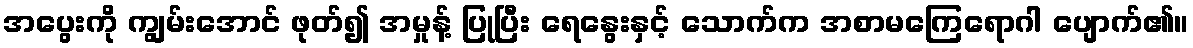
အပွေးကို ကျွမ်းအောင် ဖုတ်၍ အမှုန့် ပြုပြီး ရေနွေးနှင့် သောက်က အစာမကြေရောဂါ ပျောက်၏။